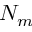
N _ { m }